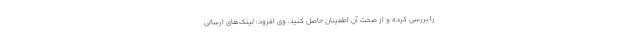
را بررسی کرده و از صحت آن اطمینان حاصل کنید. وی افزود: لینک‌های ارسالی